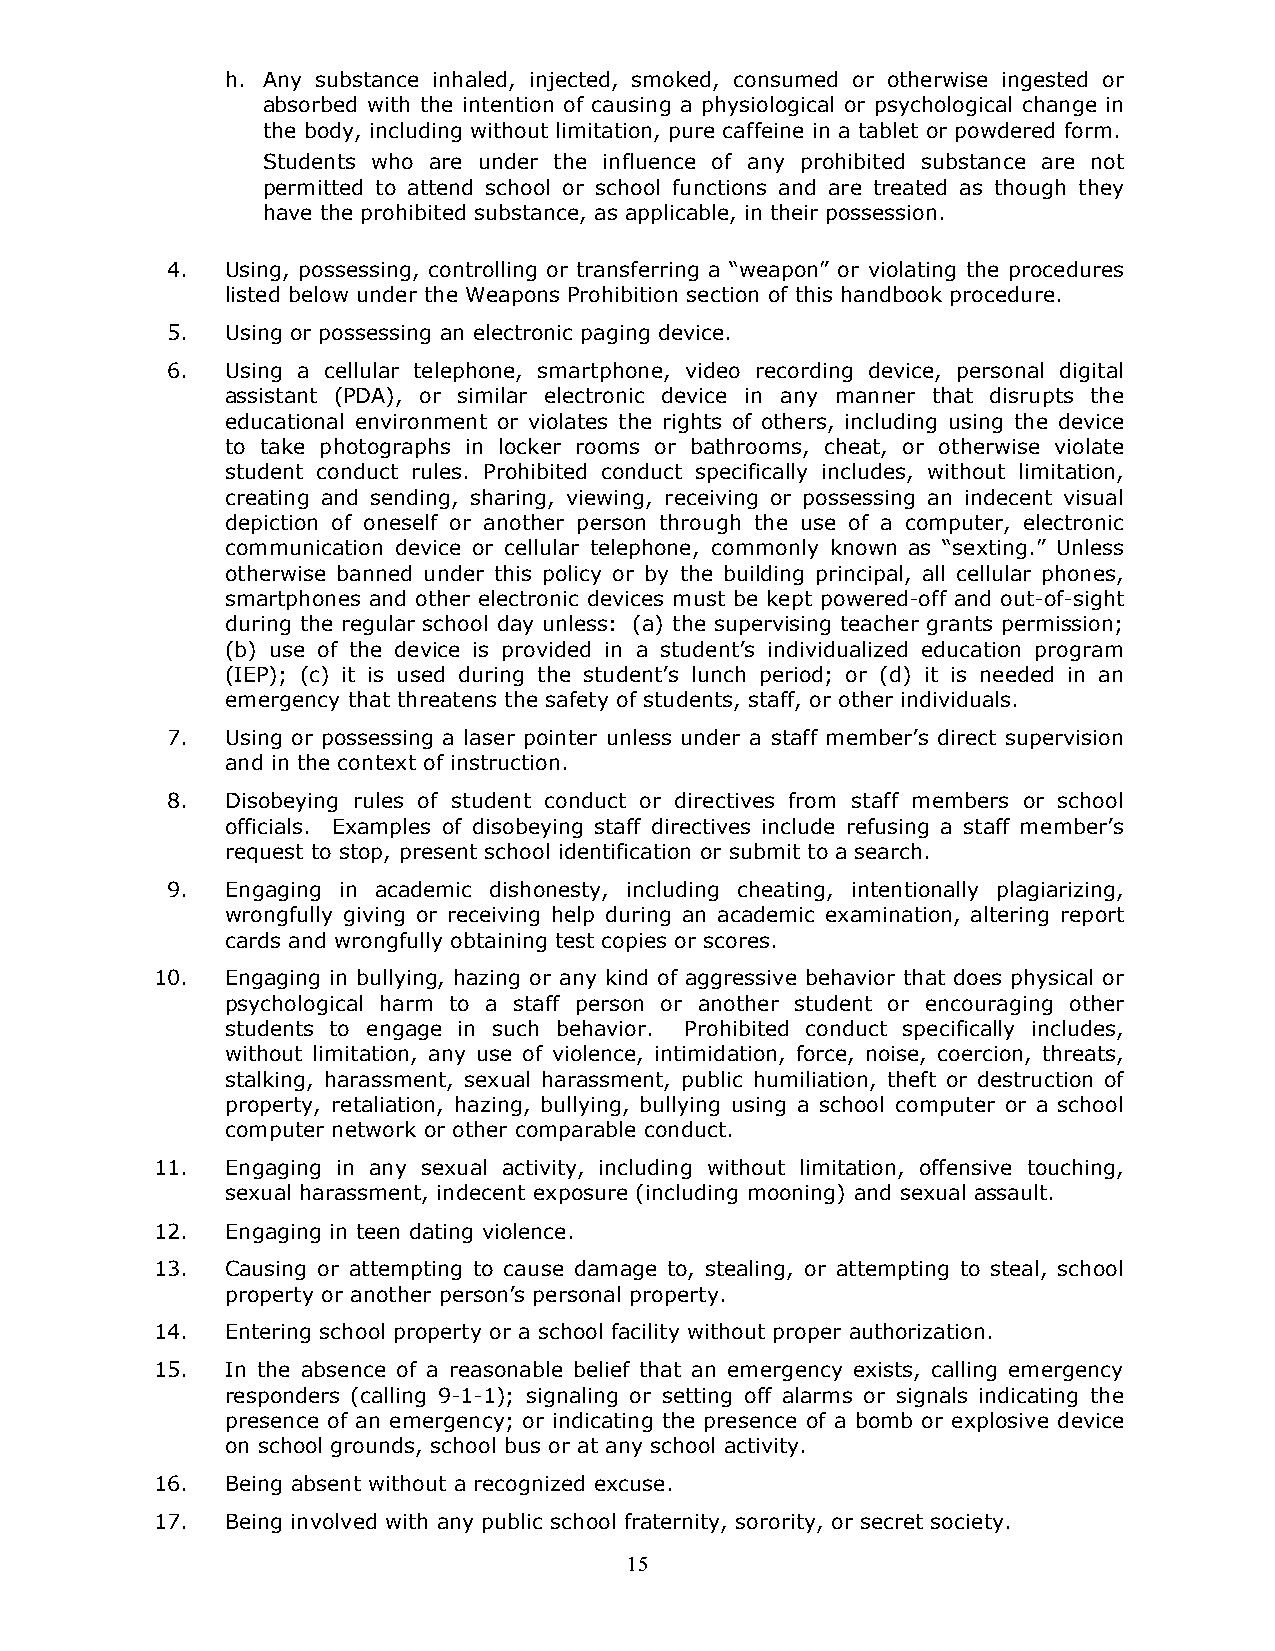
h. Any substance inhaled, injected, smoked, consumed or otherwise ingested or
 absorbed with the intention of causing a physiological or psychological change in
 the body, including without limitation, pure caffeine in a tablet or powdered form.
 Students who are under the influence of any prohibited substance are not
 permitted to attend school or school functions and are treated as though they
 have the prohibited substance, as applicable, in their possession.
 4.  Using, possessing, controlling or transferring a “weapon” or violating the procedures
 listed below under the Weapons Prohibition section of this handbook procedure.
 5.  Using or possessing an electronic paging device.
 6.  Using a cellular telephone, smartphone, video recording device, personal digital
 assistant (PDA), or similar electronic device in any manner that disrupts the
 educational environment or violates the rights of others, including using the device
 to take photographs in locker rooms or bathrooms, cheat, or otherwise violate
 student conduct rules. Prohibited conduct specifically includes, without limitation,
 creating and sending, sharing, viewing, receiving or possessing an indecent visual
 depiction of oneself or another person through the use of a computer, electronic
 communication device or cellular telephone, commonly known as “sexting.” Unless
 otherwise banned under this policy or by the building principal, all cellular phones,
 smartphones and other electronic devices must be kept powered-off and out-of-sight
 during the regular school day unless: (a) the supervising teacher grants permission;
 (b) use of the device is provided in a student’s individualized education program
 (IEP); (c) it is used during the student’s lunch period; or (d) it is needed in an
 emergency that threatens the safety of students, staff, or other individuals.
 7.  Using or possessing a laser pointer unless under a staff member’s direct supervision
 and in the context of instruction.
 8.  Disobeying rules of student conduct or directives from staff members or school
 officials. Examples of disobeying staff directives include refusing a staff member’s
 request to stop, present school identification or submit to a search.
 9.  Engaging in academic dishonesty, including cheating, intentionally plagiarizing,
 wrongfully giving or receiving help during an academic examination, altering report
 cards and wrongfully obtaining test copies or scores.
 10.  Engaging in bullying, hazing or any kind of aggressive behavior that does physical or
 psychological harm to a staff person or another student or encouraging other
 students to engage in such behavior. Prohibited conduct specifically includes,
 without limitation, any use of violence, intimidation, force, noise, coercion, threats,
 stalking, harassment, sexual harassment, public humiliation, theft or destruction of
 property, retaliation, hazing, bullying, bullying using a school computer or a school
 computer network or other comparable conduct.
 11.  Engaging in any sexual activity, including without limitation, offensive touching,
 sexual harassment, indecent exposure (including mooning) and sexual assault.
 12.  Engaging in teen dating violence.
 13.  Causing or attempting to cause damage to, stealing, or attempting to steal, school
 property or another person’s personal property.
 14.  Entering school property or a school facility without proper authorization.
 15.  In the absence of a reasonable belief that an emergency exists, calling emergency
 responders (calling 9-1-1); signaling or setting off alarms or signals indicating the
 presence of an emergency; or indicating the presence of a bomb or explosive device
 on school grounds, school bus or at any school activity.
 16.  Being absent without a recognized excuse.
 17.  Being involved with any public school fraternity, sorority, or secret society.
 15